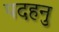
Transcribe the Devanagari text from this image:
पदहनु